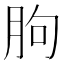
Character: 胊